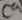
Text: C9